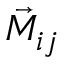
\vec { M } _ { i j }